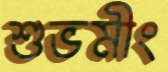
শুভমীং